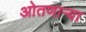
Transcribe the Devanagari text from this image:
ओतणाऱ्या